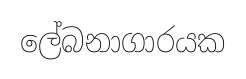
ලේබනාගාරයක